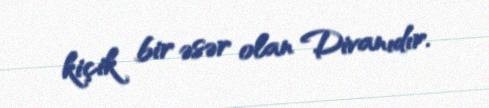
kiçik bir əsər olan Divanıdır.